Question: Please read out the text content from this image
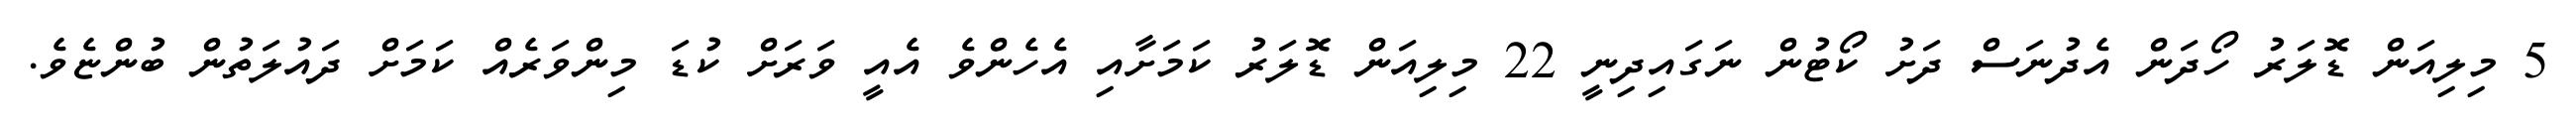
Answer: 5 މިލިއަން ޑޮލަރު ހޯދަން އެދުނަސް ދަށު ކޯޓުން ނަގައިދިނީ 22 މިލިއަން ޑޮލަރު ކަމަށާއި އެހެންވެ އެއީ ވަރަށް ކުޑަ މިންވަރެއް ކަމަށް ދައުލަތުން ބުންޏެވެ.